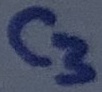
Text: C3